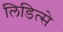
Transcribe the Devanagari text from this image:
लिडित्से